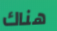
هناك